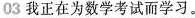
03 我正在为数学考试而学习。